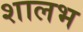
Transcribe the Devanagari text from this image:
शालभ